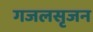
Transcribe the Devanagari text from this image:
गजलसृजन